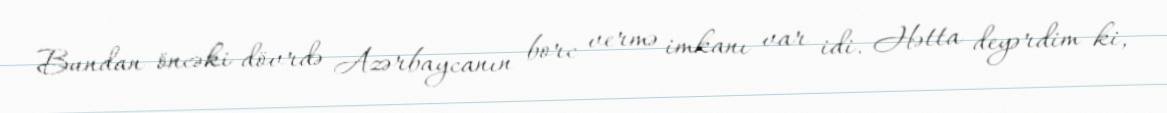
Bundan öncəki dövrdə Azərbaycanın borc vermə imkanı var idi. Hətta deyərdim ki,